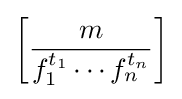
\left[{\frac {m}{f_{1}^{t_{1}}\cdots f_{n}^{t_{n}}}}\right]